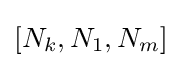
[N_{k},N_{1},N_{m}]